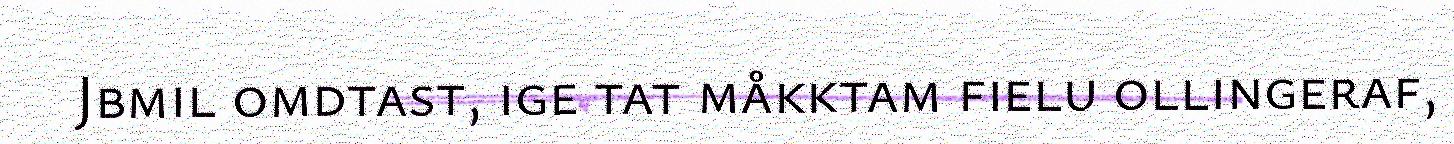
Jbmil omdtast, ige tat måkktam fielu ollingeraf,